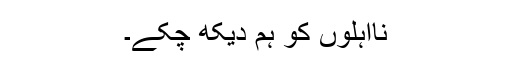
نااہلوں کو ہم دیکھ چکے۔